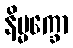
နိမ္မက္ခော